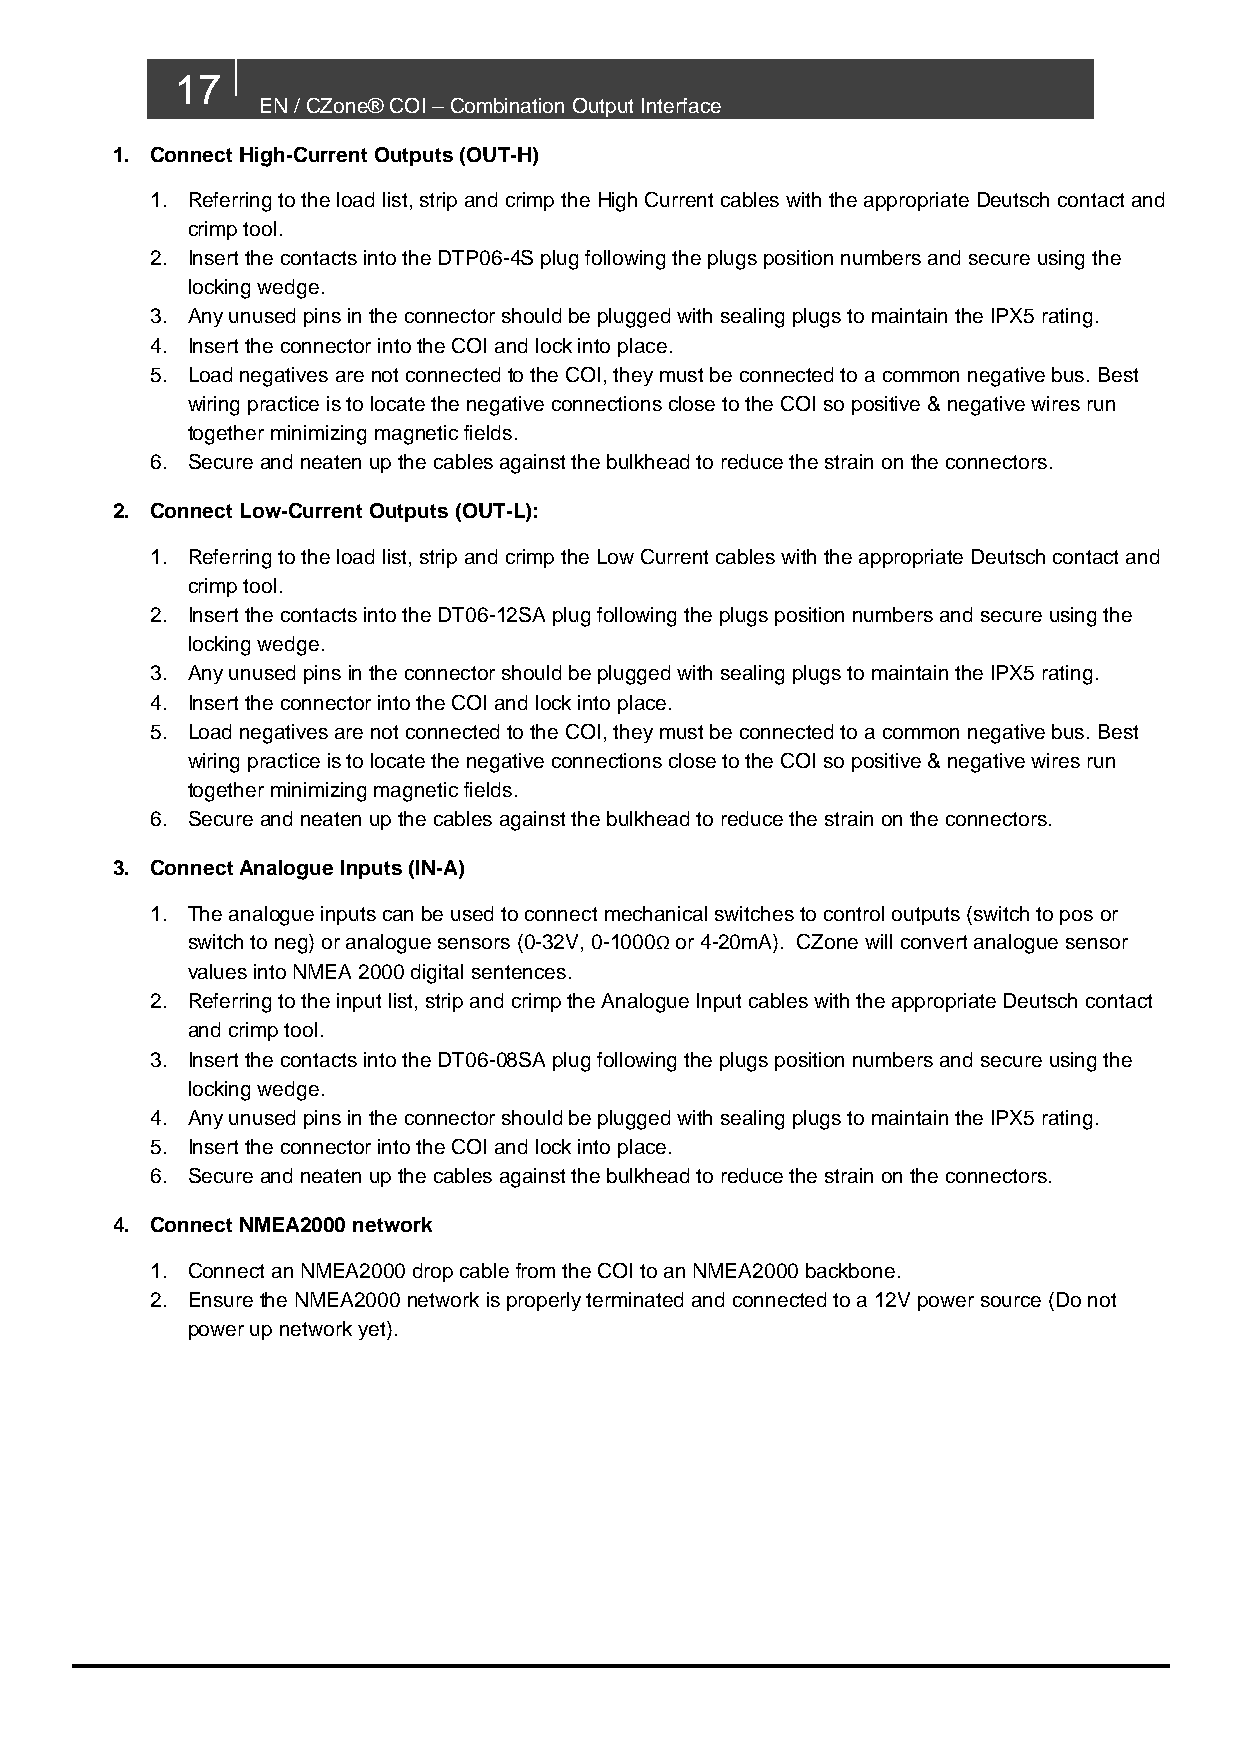
17
 EN / CZone® COI – Combination Output Interface
 1. Connect High-Current Outputs (OUT-H)
 1. Referring to the load list, strip and crimp the High Current cables with the appropriate Deutsch contact and
 crimp tool.
 2. Insert the contacts into the DTP06-4S plug following the plugs position numbers and secure using the
 locking wedge.
 3. Any unused pins in the connector should be plugged with sealing plugs to maintain the IPX5 rating.
 4. Insert the connector into the COI and lock into place.
 5. Load negatives are not connected to the COI, they must be connected to a common negative bus. Best
 wiring practice is to locate the negative connections close to the COI so positive & negative wires run
 together minimizing magnetic fields.
 6. Secure and neaten up the cables against the bulkhead to reduce the strain on the connectors.
 2. Connect Low-Current Outputs (OUT-L):
 1. Referring to the load list, strip and crimp the Low Current cables with the appropriate Deutsch contact and
 crimp tool.
 2. Insert the contacts into the DT06-12SA plug following the plugs position numbers and secure using the
 locking wedge.
 3. Any unused pins in the connector should be plugged with sealing plugs to maintain the IPX5 rating.
 4. Insert the connector into the COI and lock into place.
 5. Load negatives are not connected to the COI, they must be connected to a common negative bus. Best
 wiring practice is to locate the negative connections close to the COI so positive & negative wires run
 together minimizing magnetic fields.
 6. Secure and neaten up the cables against the bulkhead to reduce the strain on the connectors.
 3. Connect Analogue Inputs (IN-A)
 1. The analogue inputs can be used to connect mechanical switches to control outputs (switch to pos or
 switch to neg) or analogue sensors (0-32V, 0-1000Ω or 4-20mA). CZone will convert analogue sensor
 values into NMEA 2000 digital sentences.
 2. Referring to the input list, strip and crimp the Analogue Input cables with the appropriate Deutsch contact
 and crimp tool.
 3. Insert the contacts into the DT06-08SA plug following the plugs position numbers and secure using the
 locking wedge.
 4. Any unused pins in the connector should be plugged with sealing plugs to maintain the IPX5 rating.
 5. Insert the connector into the COI and lock into place.
 6. Secure and neaten up the cables against the bulkhead to reduce the strain on the connectors.
 4. Connect NMEA2000 network
 1. Connect an NMEA2000 drop cable from the COI to an NMEA2000 backbone.
 2. Ensure the NMEA2000 network is properly terminated and connected to a 12V power source (Do not
 power up network yet).